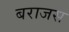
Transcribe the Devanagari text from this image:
बराजस